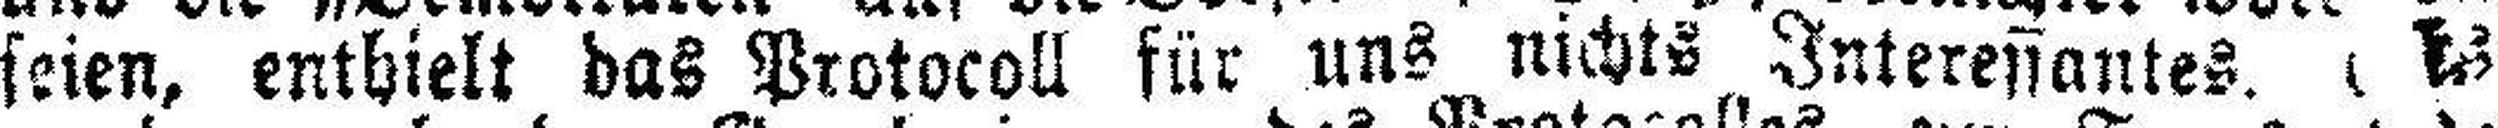
seien, enthielt das Protocoll für uns nichts Interessantes. ###